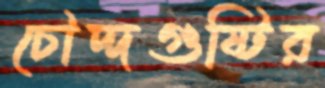
চৌদ্দগুষ্টির